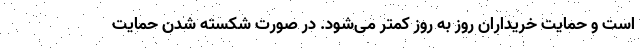
است و حمایت خریداران روز به روز کمتر می‌شود. در صورت شکسته شدن حمایت